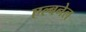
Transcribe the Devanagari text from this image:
एल्बनेल